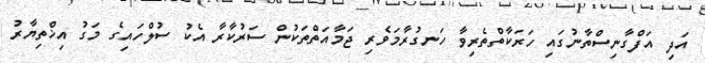
އަދި އަފްގާނިސްތާނުގައި ހަރަކާތްތެރިވާ ހަނގުރާމަވެރި ޖަމާއަތްތަކުން ސަރުކާރާ އެކު ސުލްހައިގެ މަގު އިޚްތިޔާރު